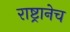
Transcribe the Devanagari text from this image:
राष्ट्रानेच